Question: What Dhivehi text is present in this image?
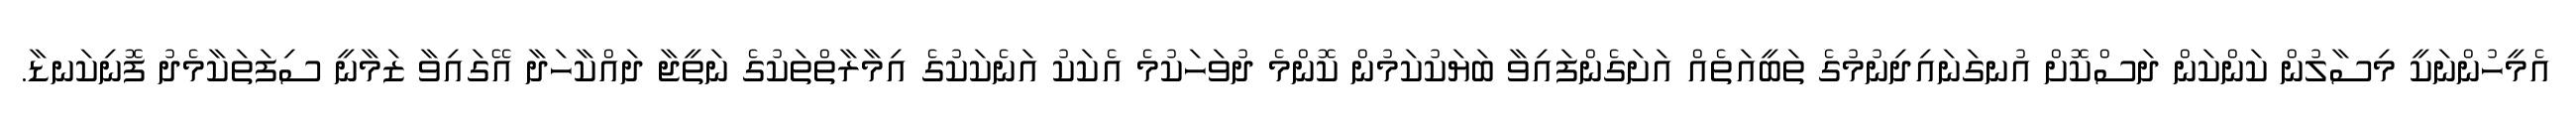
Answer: އެމީހުންނަކީ މިސާލުން ކަންކަން ދަސްކޮށް އުނގަނައިދިނުމުގެ ތަބީއަތެއް އަށަގެންފައިވާ ބަޔަކުކަމުން ކޮންމެ ދުވަހަކުމެ އެކަކު އަނެކަކުގެ އިމާރާތްތަކުގެ ނަތީޖާ ދައްކާހަދާ އޭގައިވާ ޒަމާނީ ސިފަތަކާމެދު ފޮނިކަނޑާ.